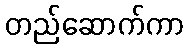
တည်ဆောက်ကာ